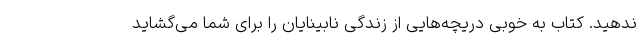
ندهید. کتاب به خوبی دریچه‌هایی از زندگی نابینایان را برای شما می‌گشاید